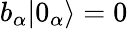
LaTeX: b_{\alpha}|0_{\alpha}\rangle=0